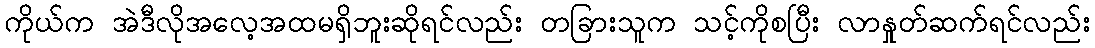
ကိုယ်က အဲဒီလိုအလေ့အထမရှိဘူးဆိုရင်လည်း တခြားသူက သင့်ကိုစပြီး လာနှုတ်ဆက်ရင်လည်း